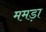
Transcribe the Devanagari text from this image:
ममड़ा